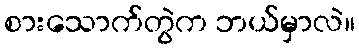
စားသောက်တွဲက ဘယ်မှာလဲ။